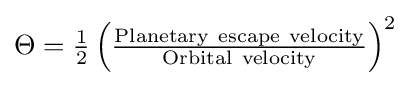
\textstyle \Theta ={\frac {1}{2}}\left({\frac {\mathrm {Planetary\ escape\ velocity} }{\mathrm {Orbital\ velocity} }}\right)^{2}